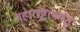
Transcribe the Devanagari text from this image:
महाराष्ट्रापर्यंत